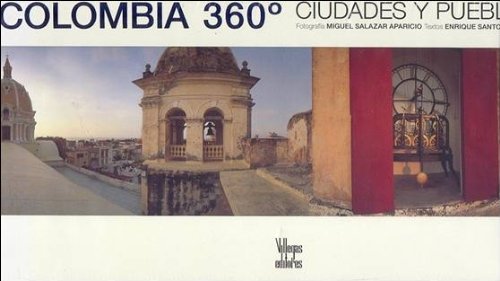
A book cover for Colombia 360: Pueblos y ciudades; Enrique Santos Molano; Travel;